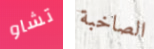
تشاو الصاخبة